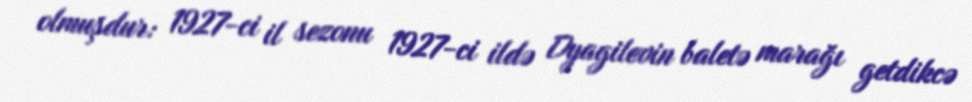
olmuşdur: 1927-ci il sezonu 1927-ci ildə Dyagilevin baletə marağı getdikcə